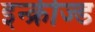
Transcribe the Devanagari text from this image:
इन्क्रीज्ड